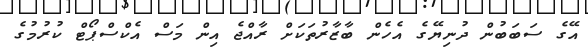
އޭގެ ސަބަބުން ދުނިޔޭގެ އެހެން ބާޒާރުތަކަށް ރާއްޖެ އިން މަސް އެކްސްޕޯޓް ކުރުމުގެ